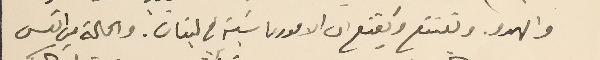
والهدو. ويقتنع ويَقنع ان الامور ماشية في لبنان. والحالة من اتعس